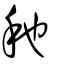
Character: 䄬